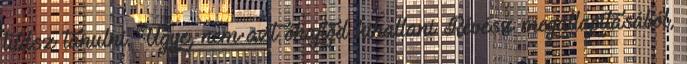
tudsz tanulni. Ugye, nem azt óhajtod kihallani Révész megállapításából,